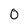
Character: 0